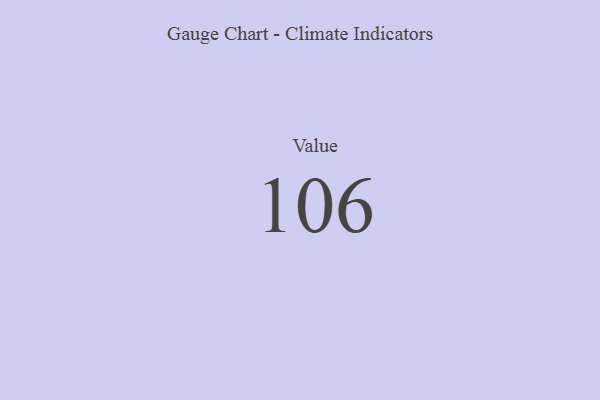
{"axis": {"x": "Metric", "y": "Value"}, "legend": [""], "data": [{"x": "Value", "y": 106, "type": ""}]}